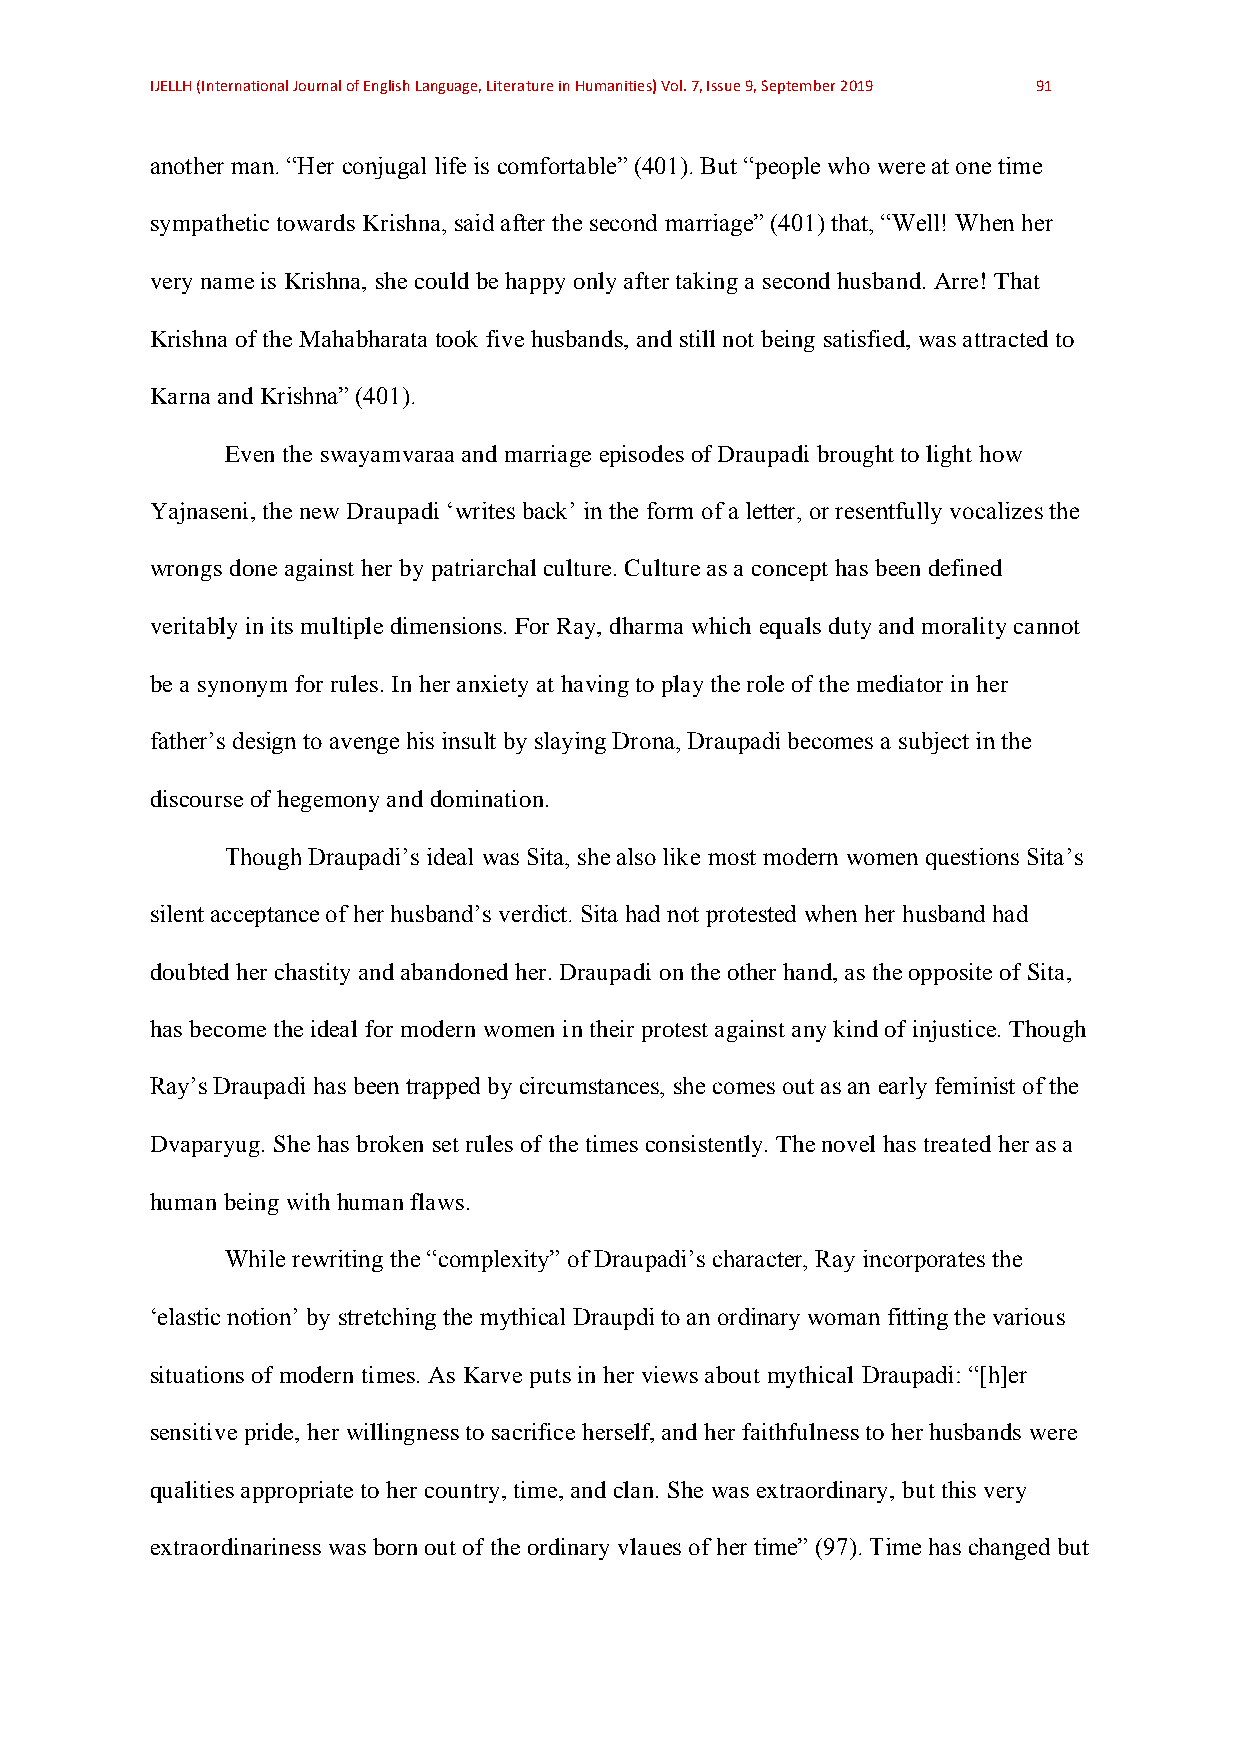
IJELLH (International Journal of English Language, Literature in Humanities) Vol. 7, Issue 9, September 2019 91
 another man. “Her conjugal life is comfortable” (401). But “people who were at one time
 sympathetic towards Krishna, said after the second marriage” (401) that, “Well! When her
 very name is Krishna, she could be happy only after taking a second husband. Arre! That
 Krishna of the Mahabharata took five husbands, and still not being satisfied, was attracted to
 Karna and Krishna” (401).
 Even the swayamvaraa and marriage episodes of Draupadi brought to light how
 Yajnaseni, the new Draupadi ‘writes back’ in the form of a letter, or resentfully vocalizes the
 wrongs done against her by patriarchal culture. Culture as a concept has been defined
 veritably in its multiple dimensions. For Ray, dharma which equals duty and morality cannot
 be a synonym for rules. In her anxiety at having to play the role of the mediator in her
 father’s design to avenge his insult by slaying Drona, Draupadi becomes a subject in the
 discourse of hegemony and domination.
 Though Draupadi’s ideal was Sita, she also like most modern women questions Sita’s
 silent acceptance of her husband’s verdict. Sita had not protested when her husband had
 doubted her chastity and abandoned her. Draupadi on the other hand, as the opposite of Sita,
 has become the ideal for modern women in their protest against any kind of injustice. Though
 Ray’s Draupadi has been trapped by circumstances, she comes out as an early feminist of the
 Dvaparyug. She has broken set rules of the times consistently. The novel has treated her as a
 human being with human flaws.
 While rewriting the “complexity” of Draupadi’s character, Ray incorporates the
 ‘elastic notion’ by stretching the mythical Draupdi to an ordinary woman fitting the various
 situations of modern times. As Karve puts in her views about mythical Draupadi: “[h]er
 sensitive pride, her willingness to sacrifice herself, and her faithfulness to her husbands were
 qualities appropriate to her country, time, and clan. She was extraordinary, but this very
 extraordinariness was born out of the ordinary vlaues of her time” (97). Time has changed but